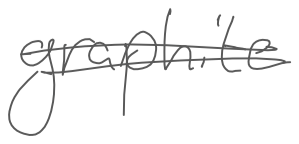
Text: graphite
Cross-out: double-line
Writing tool: digital_gray